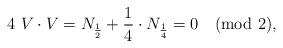
\begin{align*}4\ V\cdot V= N_{{1\over 2}} + {1\over 4}\cdot N_{1\over 4}=0 \quad ({\rm mod}\ 2),\end{align*}